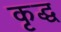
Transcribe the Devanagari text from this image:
कृद्ध